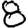
Digit: 8